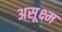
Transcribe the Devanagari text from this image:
असूक्ष्म